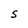
Character: S